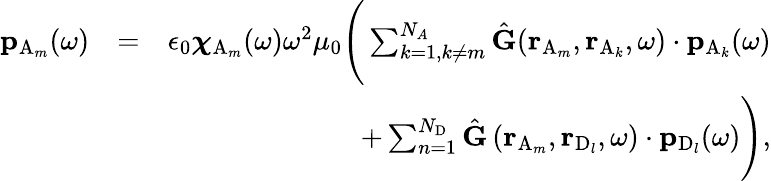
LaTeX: \begin{array}{rlr}{\mathbf{p}_{\mathrm{A}_{m}}(\omega)}&{=}&{\epsilon_{0}\boldsymbol{{\chi}}_{\mathrm{A}_{m}}(\omega)\omega^{2}\mu_{0}\Bigg(\sum_{k=1,k\neq m}^{N_{A}}\hat{\mathbf{G}}(\mathbf{r}_{\mathrm{A}_{m}},\mathbf{r}_{\mathrm{A}_{k}},\omega)\cdot\mathbf{p}_{\mathrm{A}_{k}}(\omega)}\\ &{}&{+\sum_{n=1}^{N_{\mathrm{D}}}\hat{\mathbf{G}}\left(\mathbf{r}_{\mathrm{A}_{m}},\mathbf{r}_{\mathrm{D}_{l}},\omega\right)\cdot\mathbf{p}_{\mathrm{D}_{l}}(\omega)\Bigg),}\end{array}